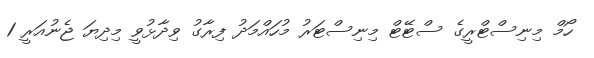
ހޯމް މިނިސްޓްރީގެ ސްޓޭޓް މިނިސްޓަރު މުހައްމަދު ފިރާގު ވިދާޅުވީ މިދިޔަ ޖެނުއަރީ 1